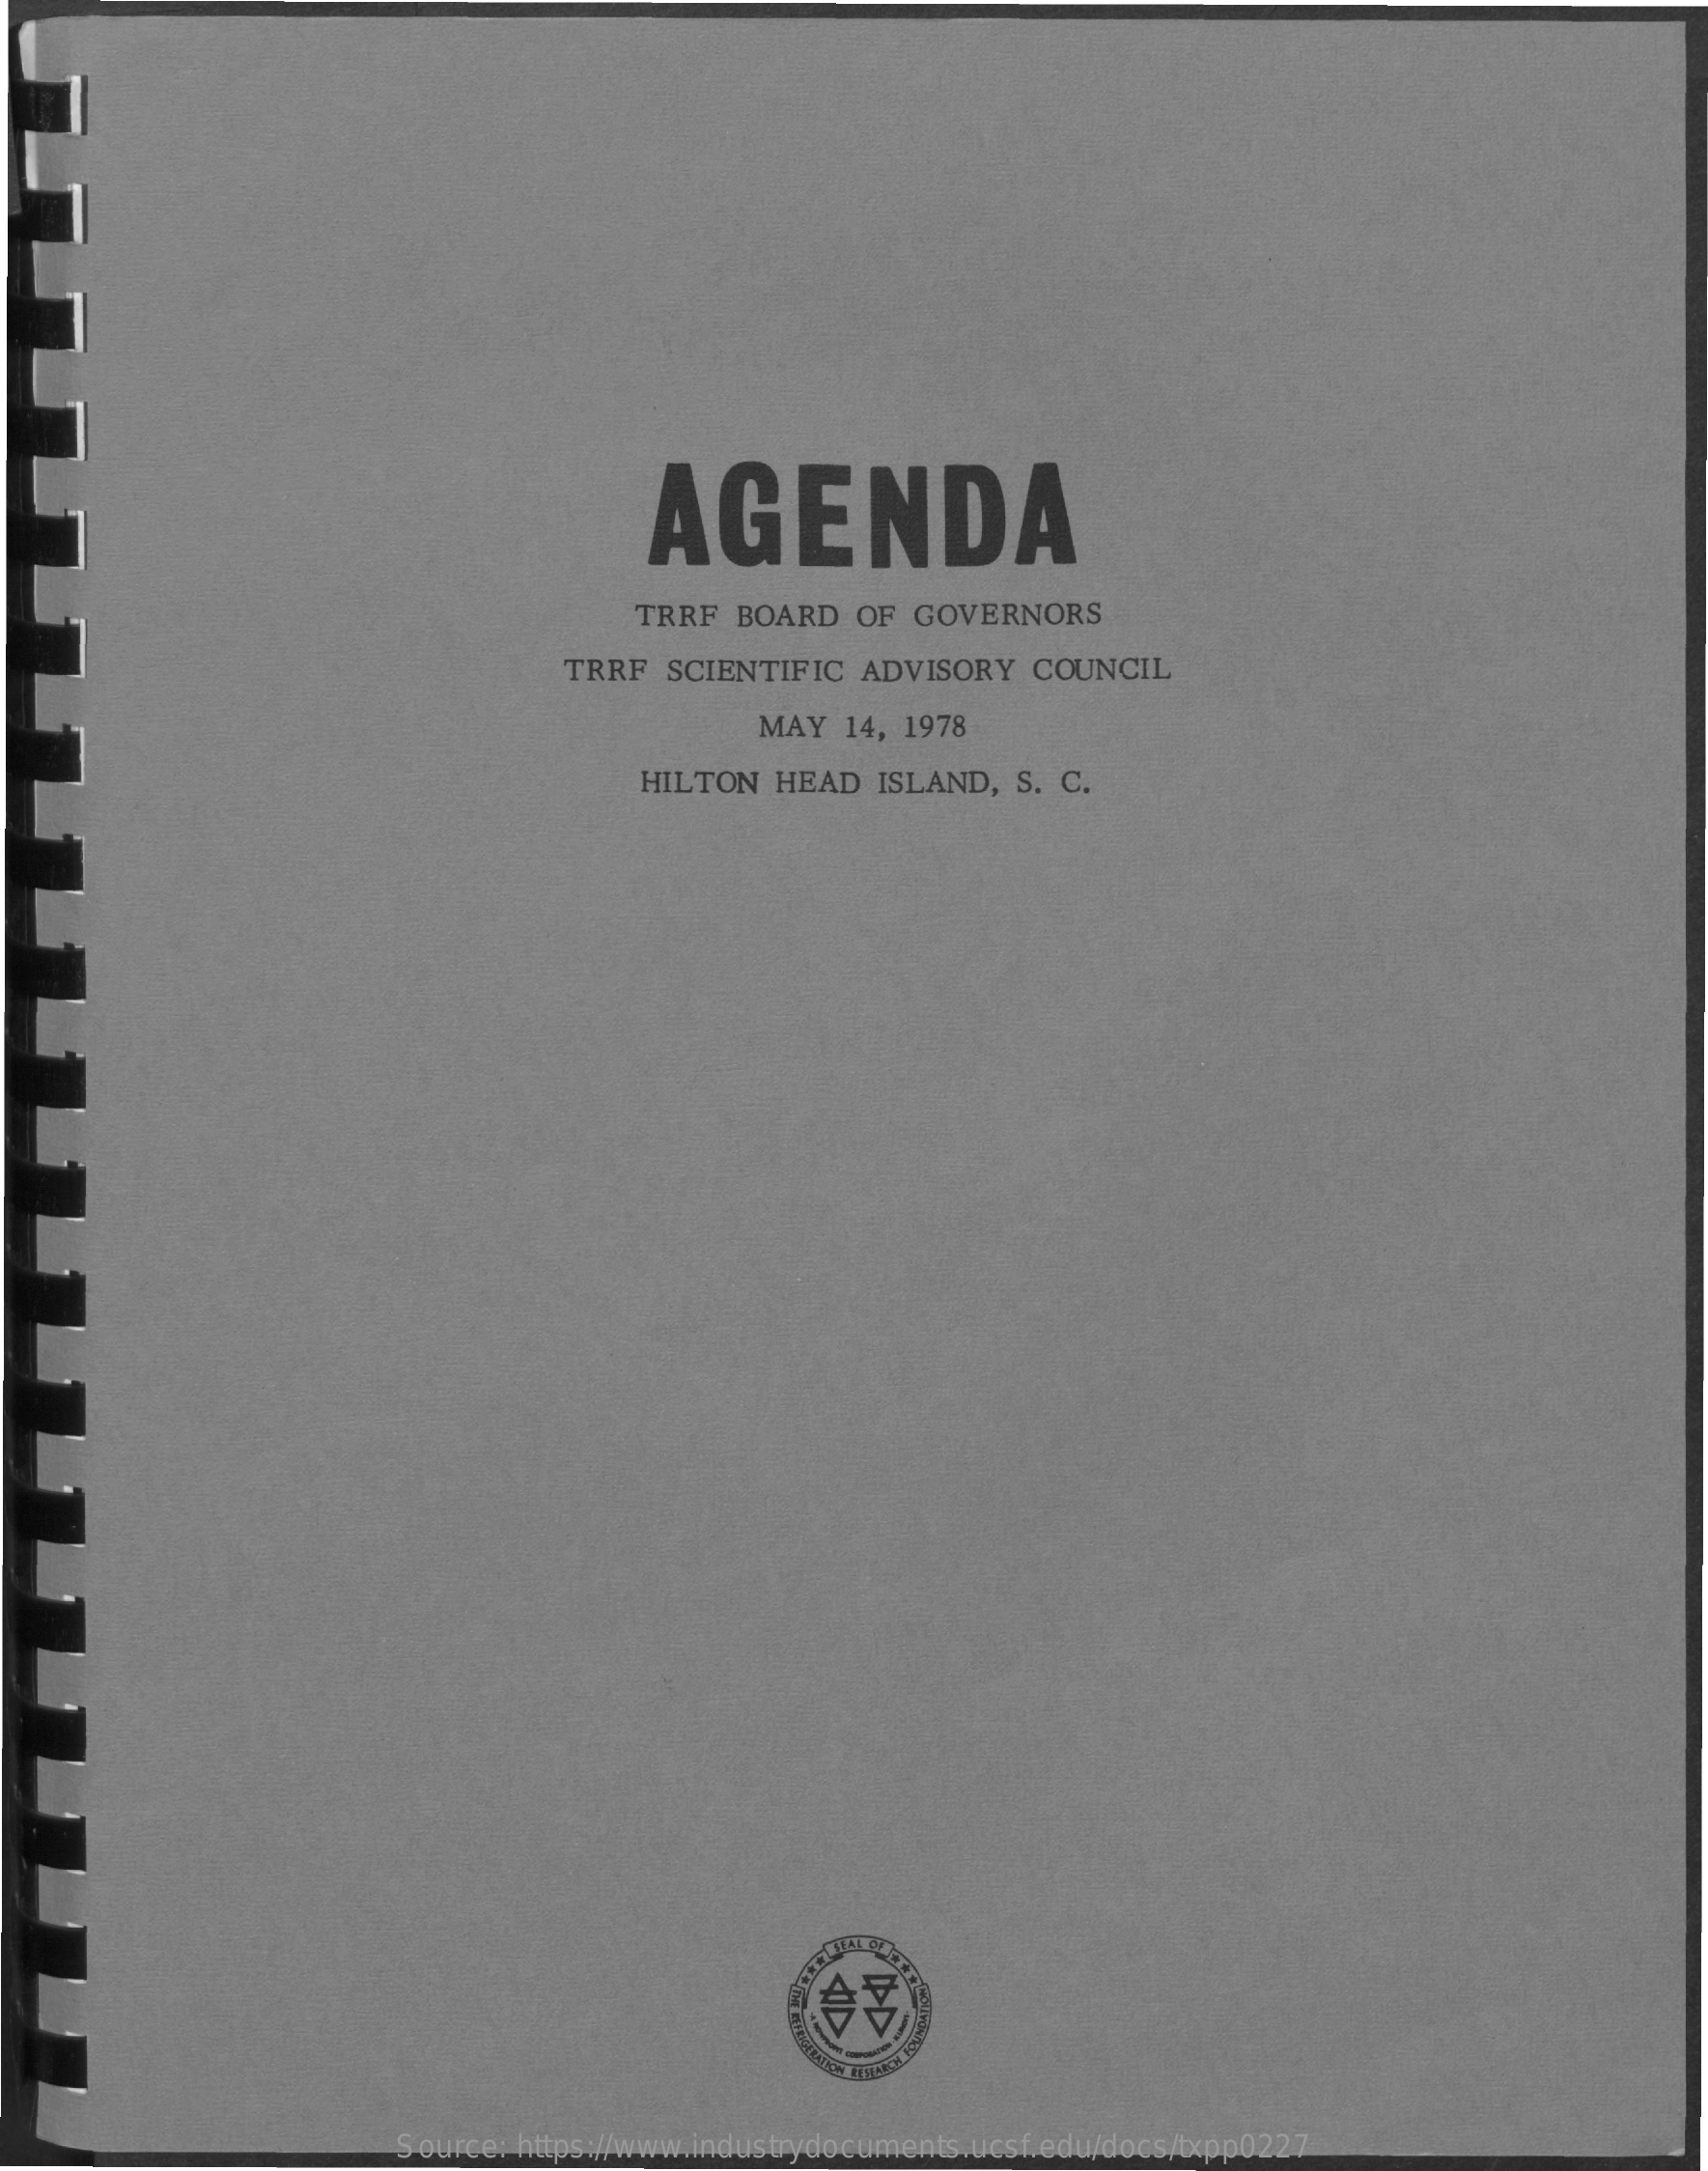
AGENDA
     TRRF  BOARD   OF  GOVERNORS
     TRRF  SCIENTIFIC   ADVISORY   COUNCIL
     MAY   14, 1978
     HILTON  HEAD   ISLAND,  S. C.
     Source: https://www.industrydocuments.ucsf.edu/docs/txpp0227